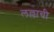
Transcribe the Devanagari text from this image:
लल्लाची